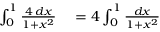
\begin{array} { r l } { \int _ { 0 } ^ { 1 } { \frac { 4 \, d x } { 1 + x ^ { 2 } } } } & { { } = 4 \int _ { 0 } ^ { 1 } { \frac { d x } { 1 + x ^ { 2 } } } } \end{array}